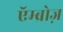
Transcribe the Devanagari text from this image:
एॅम्ब्रोज़